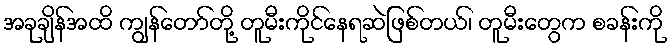
အခုချိန်အထိ ကျွန်တော်တို့ တူမီးကိုင်နေရဆဲဖြစ်တယ်၊ တူမီးတွေက စခန်းကို